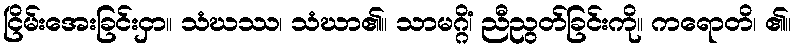
ငြိမ်းအေးခြင်းငှာ။ သံဃဿ၊ သံဃာ၏။ သာမဂ္ဂိံ၊ ညီညွတ်ခြင်းကို။ ကရောတိ၊ ၏။